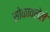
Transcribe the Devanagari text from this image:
सोकावलेले